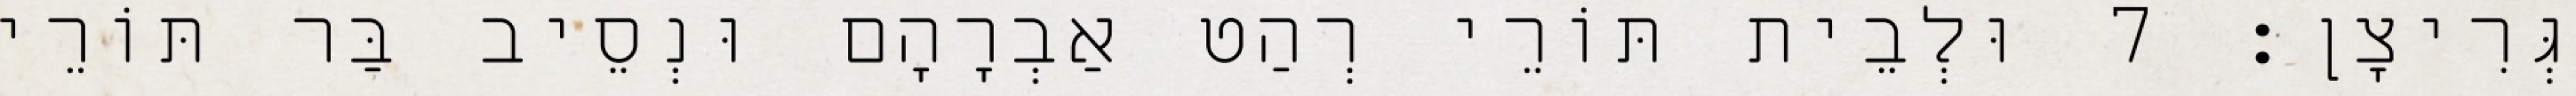
גְּרִיצָן׃ 7 וּלְבֵית תּוֹרֵי רְהַט אַבְרָהָם וּנְסֵיב בַּר תּוֹרֵי